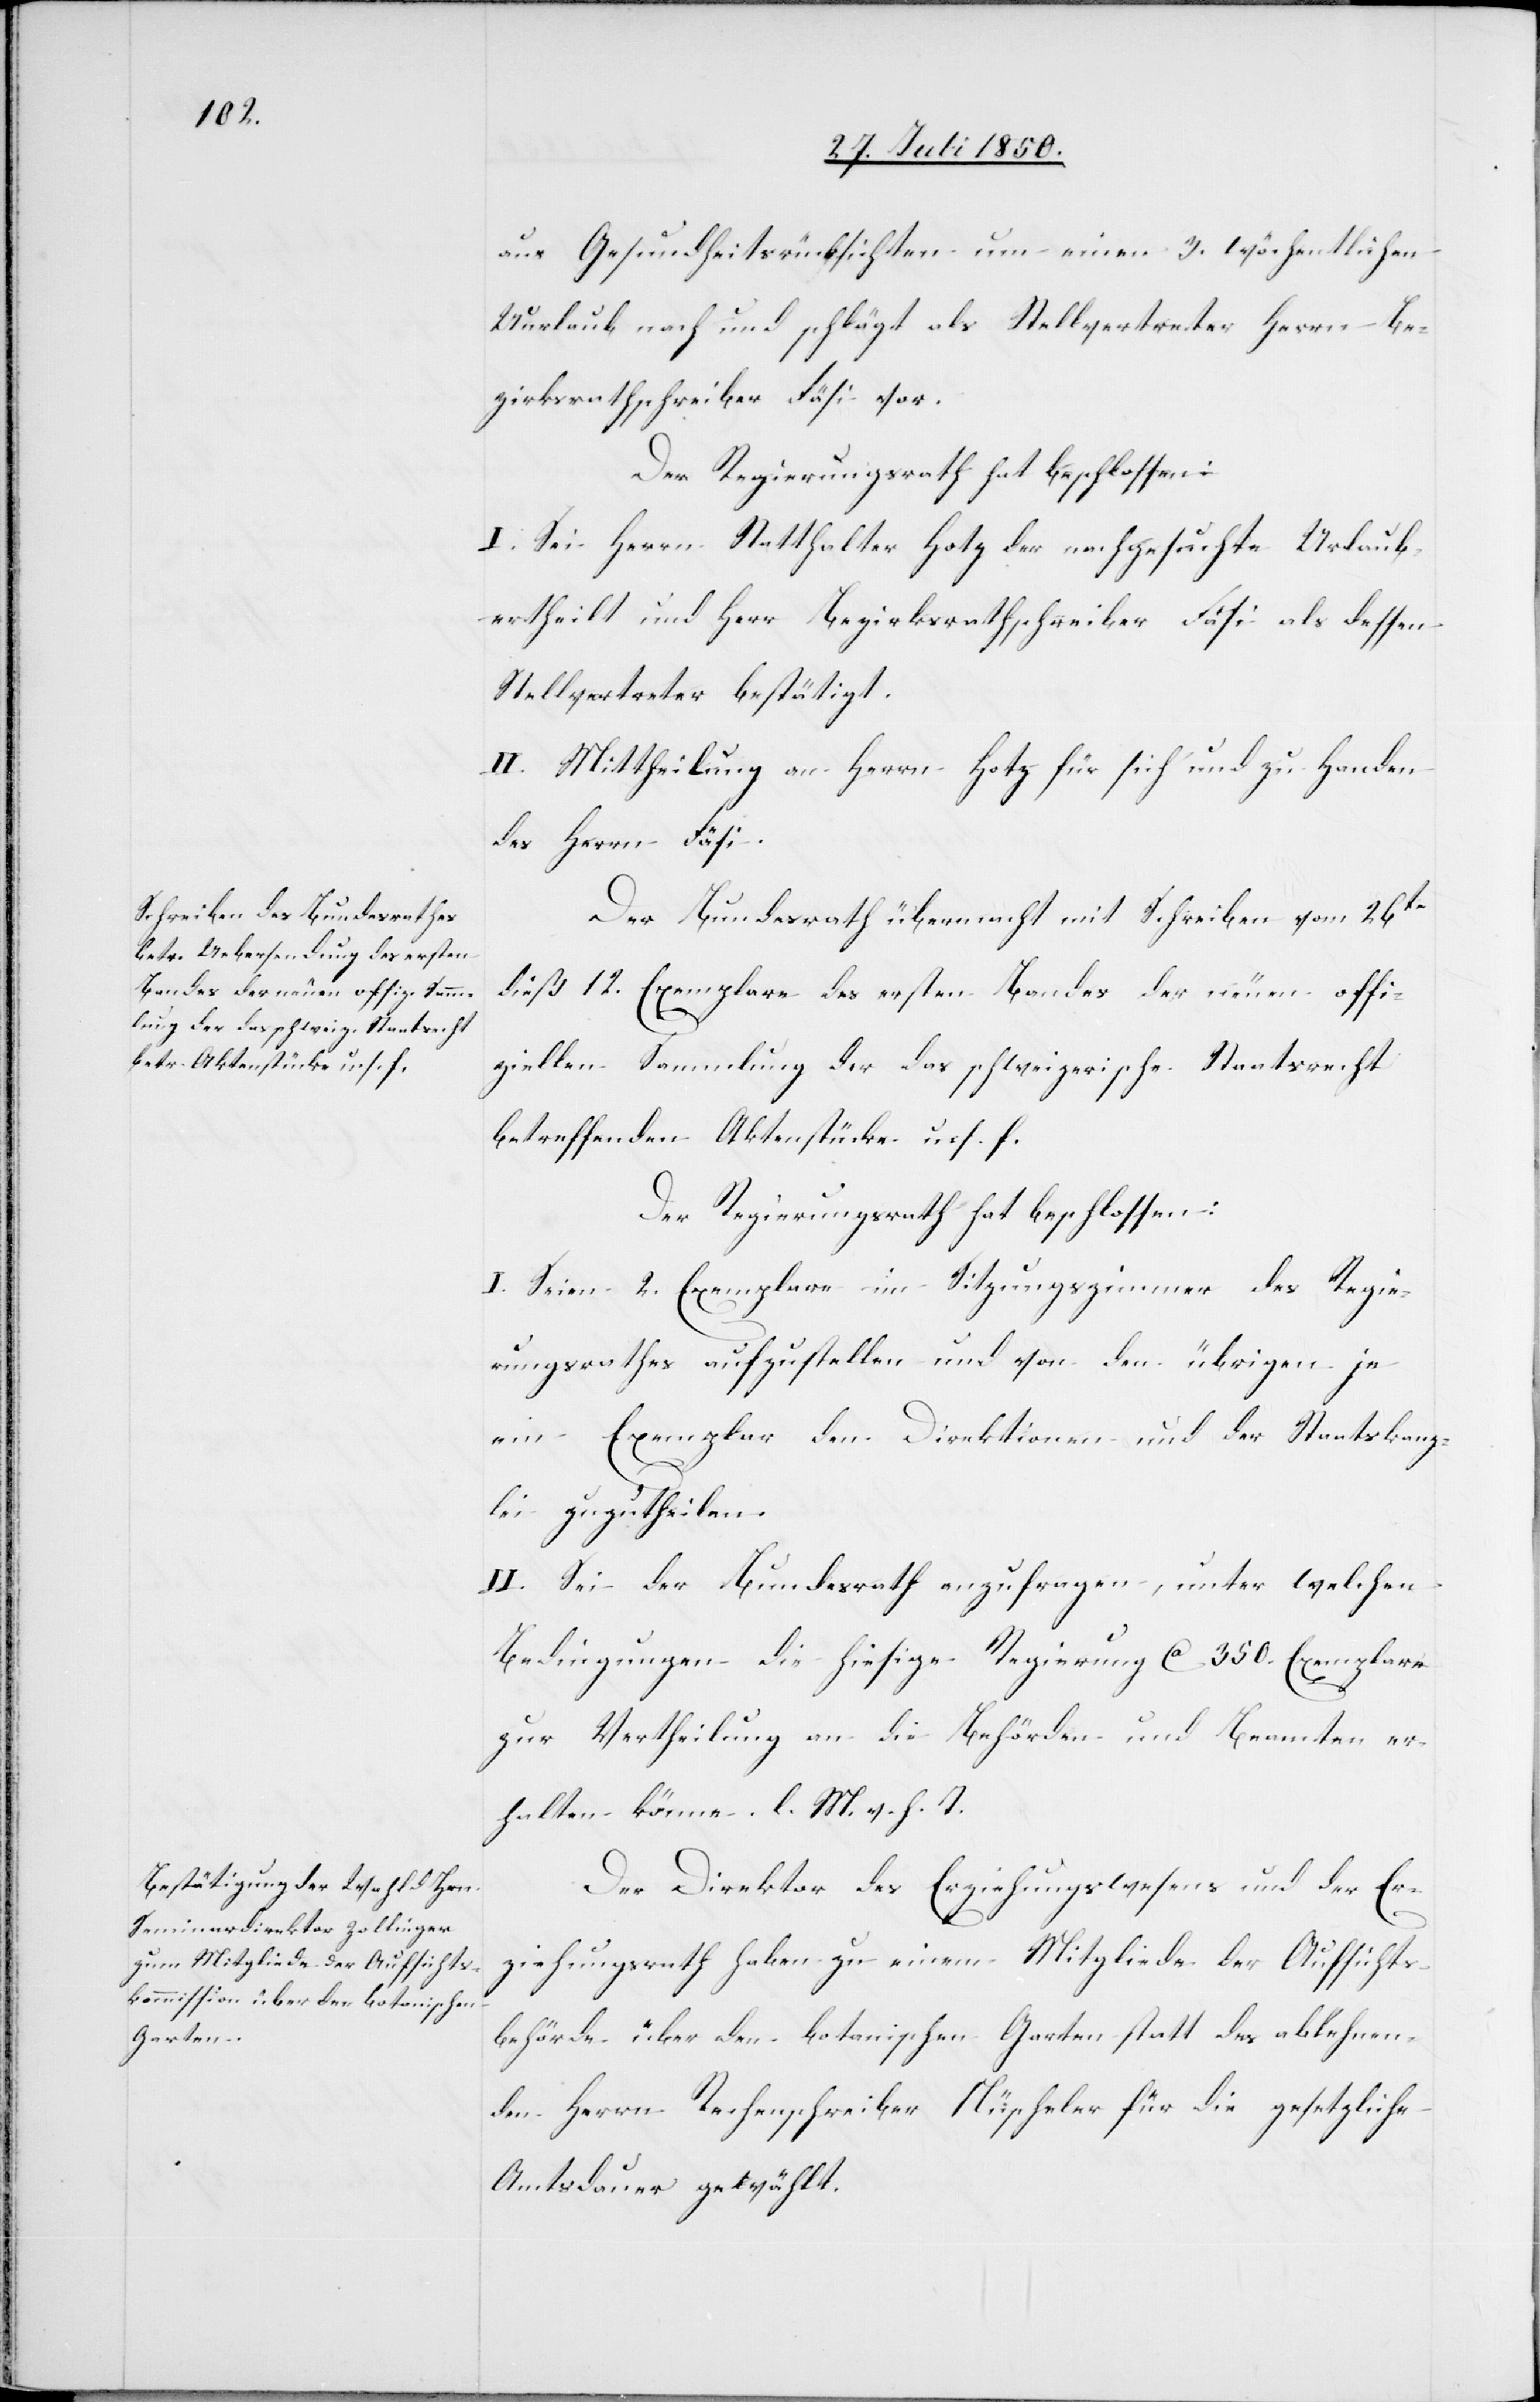
aus Gesundheitsrücksichten um einen 3. wöchentlichen
[sic!] nach und schlägt als Stellvertreter Herrn Be¬
zirksrathschreiber Fäsi vor.
Der Regierungsrath hat beschlossen:
I. Sei Herrn Statthalter Hotz der nachgesuchte Urlaub
ertheilt und Herr Bezirksrathschreiber Fäsi als dessen
Stellvertreter bestätigt.
II. Mittheilung an Herrn Hotz für sich und zu Handen
des Herrn Fäsi.
Der Bundesrath übermacht mit Schreiben vom 26t
dieß 12. Exemplare des ersten Bandes der neuen offi¬
ziellen Sammlung der das schweizerische Staatsrecht
betreffenden Aktenstücke u. s. f.
Der Regierungsrath hat beschlossen:
I. Seien 2. Exemplare im Sitzungszimmer des Regie¬
rungsrathes aufzustellen und von den übrigen je
ein Exemplar den Direktionen und der Staatskanz¬
lei zuzutheilen.
II. Sei der Bundesrath anzufragen, unter welchen
Bedingungen die hiesige Regierung Ca 350. Exemplare
zur Vertheilung an die Behörden und Beamten er¬
halten könne. l. M. h. T.
Der Direktor des Erziehungswesens und der Er¬
ziehungsrath haben zu einem Mitgliede der Aufsichts¬
behörde über den botanischen Garten statt des ablehnen¬
den Herrn Rechenschreiber Nüscheler für die gesetzliche
Amtsdauer gewählt